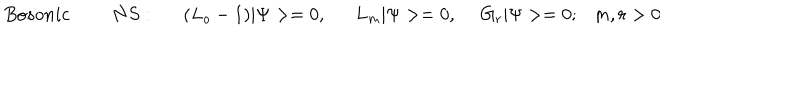
B o s o n i c N S : ( L _ { o } - 1 ) | \Psi > = 0 , L _ { m } | \Psi > = 0 , ~ ~ G _ { r } | \Psi > = 0 ; m , r > 0